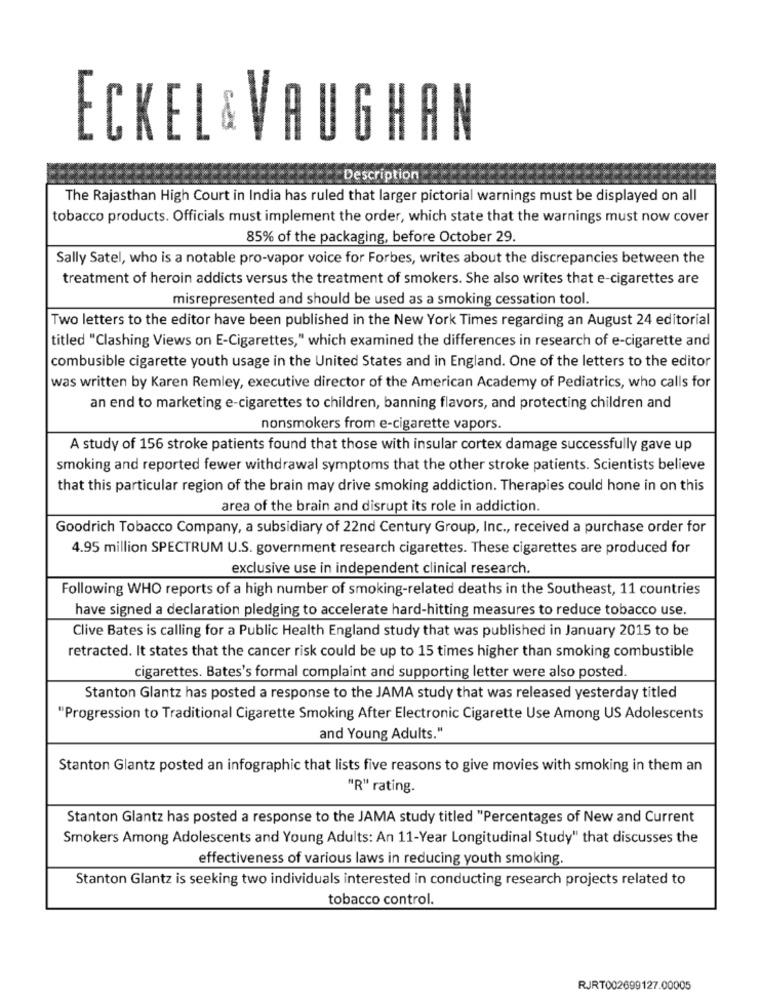
ECKEL & VA
GHAN
Description
The Rajasthan High Court in India has ruled that larger pictorial warnings must be displayed on all
tobacco products. Officials must implement the order, which state that the warnings must now cover
85% of the packaging, before October 29.
Sally Satel, who is a notable pro-vapor voice for Forbes, writes about the discrepancies between the
treatment of heroin addicts versus the treatment of smokers. She also writes that e-cigarettes are
misrepresented and should be used as a smoking cessation tool.
Two letters to the editor have been published in the New York Times regarding an August 24 editorial
titled "Clashing Views on E-Cigarettes," which examined the differences in research of e-cigarette and
combusible cigarette youth usage in the United States and in England. One of the letters to the editor
was written by Karen Remley, executive director of the American Academy of Pediatrics, who calls for
an end to marketing e-cigarettes to children, banning flavors, and protecting children and
nonsmokers from e-cigarette vapors.
A study of 156 stroke patients found that those with insular cortex damage successfully gave up
smoking and reported fewer withdrawal symptoms that the other stroke patients. Scientists believe
that this particular region of the brain may drive smoking addiction. Therapies could hone in on this
area of the brain and disrupt its role in addiction.
Goodrich Tobacco Company, a subsidiary of 22nd Century Group, Inc ., received a purchase order for
4.95 million SPECTRUM U.S. government research cigarettes. These cigarettes are produced for
exclusive use in independent clinical research.
Following WHO reports of a high number of smoking-related deaths in the Southeast, 11 countries
have signed a declaration pledging to accelerate hard-hitting measures to reduce tobacco use.
Clive Bates is calling for a Public Health England study that was published in January 2015 to be
retracted. It states that the cancer risk could be up to 15 times higher than smoking combustible
cigarettes. Bates's formal complaint and supporting letter were also posted.
Stanton Glantz has posted a response to the JAMA study that was released yesterday titled
"Progression to Traditional Cigarette Smoking After Electronic Cigarette Use Among US Adolescents
and Young Adults."
Stanton Glantz posted an infographic that lists five reasons to give movies with smoking in them an
"R" rating.
Stanton Glantz has posted a response to the JAMA study titled "Percentages of New and Current
Smokers Among Adolescents and Young Adults: An 11-Year Longitudinal Study" that discusses the
effectiveness of various laws in reducing youth smoking.
Stanton Glantz is seeking two individuals interested in conducting research projects related to
tobacco control.
RJRT002699127.00005